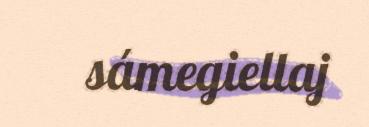
sámegiellaj